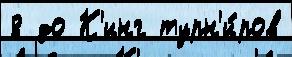
8 до К'инг турн'и́ров